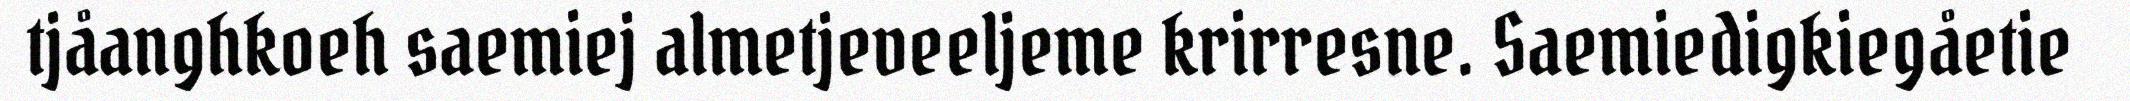
tjåanghkoeh saemiej almetjeveeljeme krirresne. Saemiedigkiegåetie